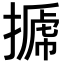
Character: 𢲽